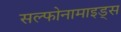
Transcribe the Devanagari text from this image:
सल्फोनामाइड्स